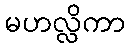
မဟလ္လိကာ